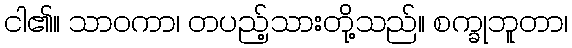
ငါ၏။ သာဝကာ၊ တပည့်သားတို့သည်။ စက္ခုဘူတာ၊